Calcutta medical institutions reports 1892-1900
Year: 1892
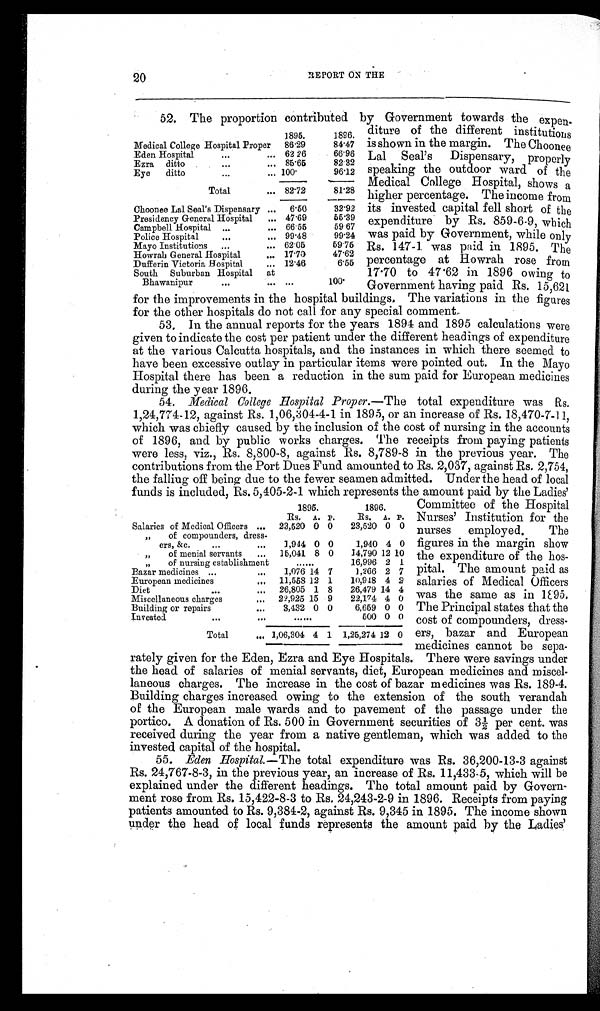
20
REPORT ON THE
52. The proportion contributed by Government towards the expen-
diture of the different institutions
is shown in the margin. The Choonee
Lal Seal's Dispensary, properly
speaking the outdoor ward of the
Medical College Hospital, shows a
higher percentage. The income from
its invested capital fell short of the
expenditure by Rs. 859-6-9, which
was paid by Government, while only
Rs. 147-1. was paid in. 1895. The
percentage at Howrah rose from
17.70 to 47.62 in 1896 owing to
Government having paid Rs. 15,621
for the improvements in the hospital buildings, The variations in the figures
for the other hospitals do not call for any special comment.
53.
In the annual reports for the years 1894 and 1895 calculations were
given to indicate the cost per patient under the different headings of expenditure
at the various Calcutta hospitals, and the instances in which there seemed to
have been excessive outlay in particular items were pointed out. In the Mayo
Hospital there has been a reduction in the sum paid for European medicines
during the year 1896.
54. Medical College Hospital Proper.— The total expenditure was Rs.
1,24,774-12, against Rs. 1,06,304-4-1 in 1895, or an increase of Rs. 18,470-7-11,
which was chiefly caused by the inclusion of the cost of nursing in the accounts
of 1896, and by public works charges. The receipts from paying patients
were less, viz., Rs. 8,800-8, against Rs. 8,789-8 in the previous year. The
contributions from the Port Dues Fund amounted to Rs. 2,037, against Rs. 2,754,
the falling off being due to the fewer seamen admitted. Under the head of local
funds is included, Rs. 5,405-2-1 which represents the amount paid by the Ladies'
1895. 1896.
Medical College Hospital Proper 86.29
84.47
Eden Hospital 62 26
66.96
Ezra ditto
85.65
82.32
Eye ditto
1 0 0 .
96.12
Total
82.72
8 1 . 2 8
Choonee Lal Seal's Dispensary
6.50
3 2 . 9 2
Presidency General Hospital
47.69
55.39
Campbell Hospital
66 . 55
59 67
Police Hospital
99.48
99.24
Mayo Institutions
62 .05
59.75
Howrah General Hospital
17.70
47.62
Dufferin Victoria Hospital
12.46
6.55
South Suburban Hospital at
Bhawanipur
100.
1895.
1896.
Rs. A. P.
Rs. A. P.
Salaries of Medical Officers
23,520 0 0
23,520 0 0
„ of compounders, dress
ers, &c.
1,944 0 0
1,940 4 0
„ of menial servants
15,041 8 0
14,790 12 10
„ of nursing establishment
16,996 2 1
Bazar medicines
1,076 14 7
1,266 2 7
European medicines
11,558 12 1
10,948 4 2
Diet
26,805 1 8
26,479 14 4
Miscellaneous charges
22,925 15 9
22,174 4 0
Building or repairs
3,432 0 0
6,659 0 0
Invested
500 0 0
Total
1,06,304 4 1 1,25,274 12 0
Committee of the Hospital
Nurses' Institution for the
nurses employed. The
figures in the margin show
the expenditure of the hos
-pital. The amount paid as
salaries of Medical Officers
was the same as in 1895,
The Principal states that the
cost of compounders, dress
-ers, bazar and European
medicines cannot be sepa-
rately given for the Eden, Ezra and Eye Hospitals. There were savings under
the head of salaries of menial servants, diet, European medicines and miscel
- l a n e o u s c h a r g e s . T h e i n c r e a s e i n t h e c o s t o f b a z a r m e d i c i n e s w a s R s . 1 8 9 - 4 .
Building charges increased owing to the extension of the south verandah
of the European male wards and to pavement of the passage under the
portico. A donation of Rs. 500 in Government securities of 31/2 per cent. was
received during the year from a native gentleman, which was added to the
invested capital of the hospital.
55. Eden Hospital.—The total expenditure was Rs. 36,200-13-3 against
Rs. 24,767-8-3, in the previous year, an increase of Rs. 11,433 . 5, which will be
explained under the different headings. The total amount paid by Govern
- m e n t r o s e f r o m R s . 1 5 , 4 2 2 - 8 - 3 t o R s . 2 4 , 2 4 3 - 2 - 9 i n 1 8 9 6 . R e c e i p t s f r o m p a y i n g
patients amounted to Rs. 9,384-2, against Rs. 9,345 in 1895. The income shown
under the head of local funds represents the amount paid by the Ladies'